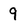
Character: 9